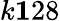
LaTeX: k\le 128